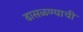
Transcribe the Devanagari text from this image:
ढासळण्याची